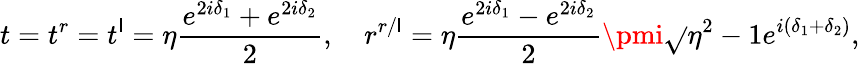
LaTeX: t=t^{r}=t^{\mathsf{l}}=\eta\frac{{e^{2i\delta_{1}}+e^{2i\delta_{2}}}}{{2}},\ \ \ \ r^{r/\mathsf{l}}=\eta\frac{{e^{2i\delta_{1}}-e^{2i\delta_{2}}}}{{2}}\pmi\sqrt{}{{\eta^{2}-1}}e^{i(\delta_{1}+\delta_{2})},